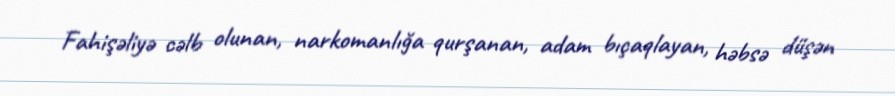
Fahişəliyə cəlb olunan, narkomanlığa qurşanan, adam bıçaqlayan, həbsə düşən